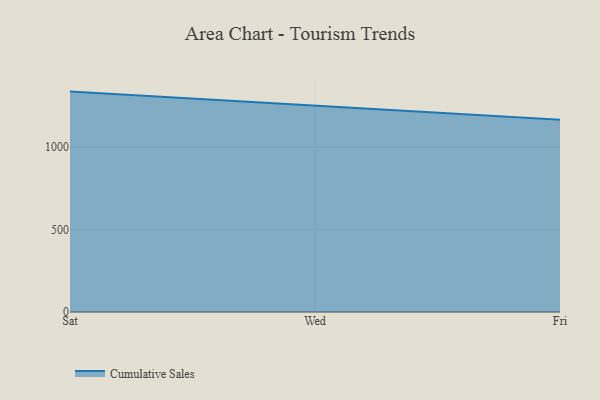
{"axis": {"x": "Day", "y": "Budget (USD K)"}, "legend": ["Cumulative Sales"], "data": [{"x": "Sat", "y": 1338.0, "type": "Cumulative Sales"}, {"x": "Wed", "y": 1252.2, "type": "Cumulative Sales"}, {"x": "Fri", "y": 1167.8, "type": "Cumulative Sales"}]}